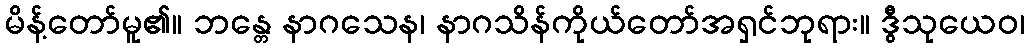
မိန့်တော်မူ၏။ ဘန္တေ နာဂသေန၊ နာဂသိန်ကိုယ်တော်အရှင်ဘုရား။ ဒွီသုယေဝ၊